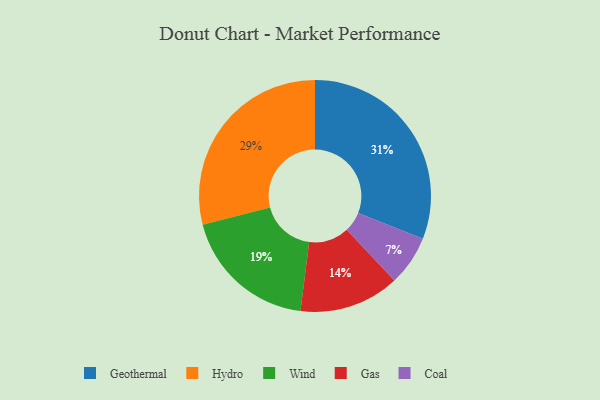
{"axis": {"x": "Category", "y": "Percentage"}, "legend": ["Coal", "Gas", "Geothermal", "Hydro", "Wind"], "data": [{"x": "Geothermal", "y": 31, "type": "Geothermal"}, {"x": "Hydro", "y": 29, "type": "Hydro"}, {"x": "Gas", "y": 14, "type": "Gas"}, {"x": "Coal", "y": 7, "type": "Coal"}, {"x": "Wind", "y": 19, "type": "Wind"}]}